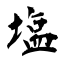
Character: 塩